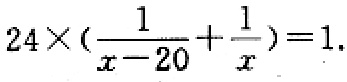
\(24\times(\frac{1}{x - 20}+\frac{1}{x}) = 1\)